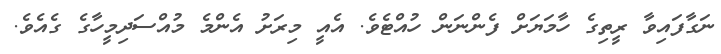
ނަގާފައިވާ ރީތިގެ ހާމަޔަށް ފެންނަން ހުއްޓެވެ. އެއީ މިރަށު އެންމެ މުއްސަދިމީހާގެ ގެއެވެ.